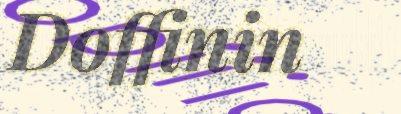
Doffinin